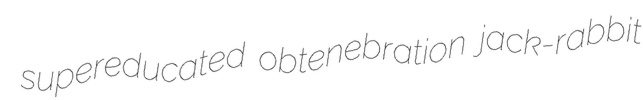
supereducated obtenebration jack-rabbit